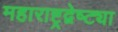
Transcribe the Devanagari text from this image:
महाराष्ट्रद्वेष्ट्या